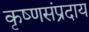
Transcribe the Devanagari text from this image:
कृष्णसंप्रदाय